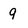
Character: 9